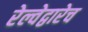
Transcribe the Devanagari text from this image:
रेल्वेद्वारेच